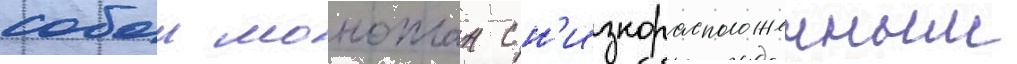
собои моноплан с н'изкорасположенным